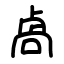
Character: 卨